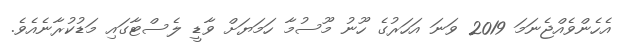
އެހެންވެއްޖެނަމަ 2019 ވަނަ އަހަރުގެ ހޫނު މޫސުމާ ހަމަޔަށް ވާޑީ ލެސްޓާގައި މަޑުކުރާނެއެވެ.